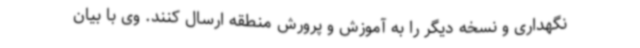
نگهداری و نسخه دیگر را به آموزش و پرورش منطقه ارسال کنند. وی با بیان